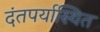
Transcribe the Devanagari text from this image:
दंतपर्यास्थित